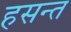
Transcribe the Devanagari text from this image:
हसन्त